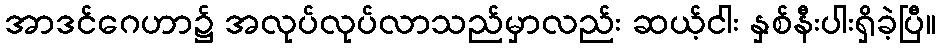
အာဒင်ဂေဟာ၌ အလုပ်လုပ်လာသည်မှာလည်း ဆယ့်ငါး နှစ်နီးပါးရှိခဲ့ပြီ။